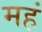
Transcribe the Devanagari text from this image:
महं